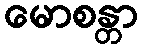
မောစန္တာ